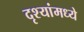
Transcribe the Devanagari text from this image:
दृश्यांमध्ये